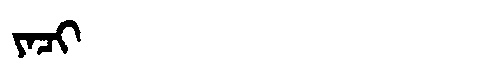
Manchu: ᠶᠠᠴᡳ
Romanization: YACI